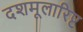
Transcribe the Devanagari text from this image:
दशमूलारिष्ट